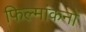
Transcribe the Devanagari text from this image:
फिल्मांकनों